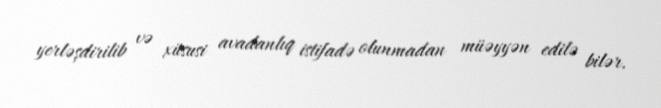
yerləşdirilib və xüsusi avadanlıq istifadə olunmadan müəyyən edilə bilər.